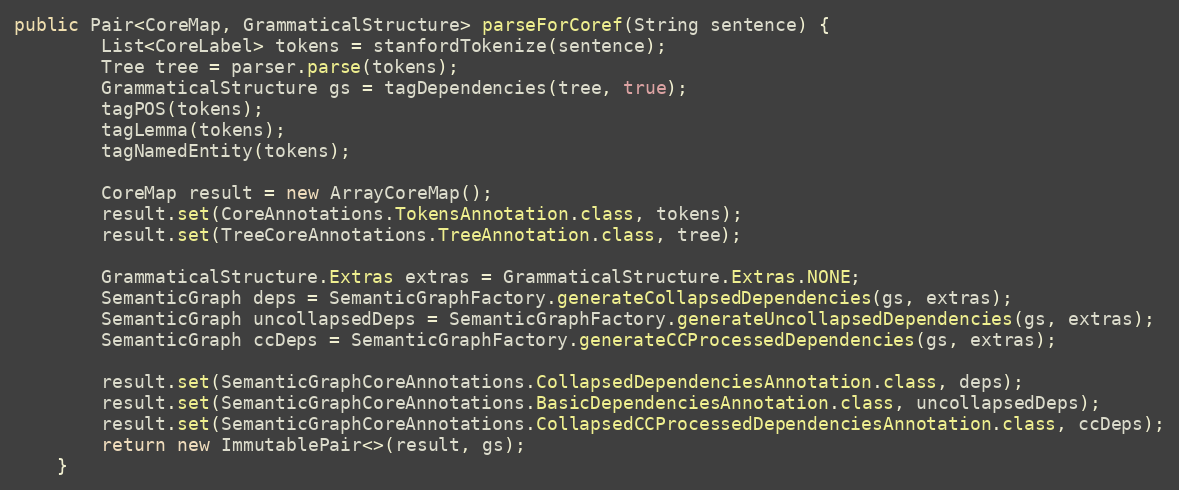
Language: Java
public Pair<CoreMap, GrammaticalStructure> parseForCoref(String sentence) {
        List<CoreLabel> tokens = stanfordTokenize(sentence);
        Tree tree = parser.parse(tokens);
        GrammaticalStructure gs = tagDependencies(tree, true);
        tagPOS(tokens);
        tagLemma(tokens);
        tagNamedEntity(tokens);

        CoreMap result = new ArrayCoreMap();
        result.set(CoreAnnotations.TokensAnnotation.class, tokens);
        result.set(TreeCoreAnnotations.TreeAnnotation.class, tree);

        GrammaticalStructure.Extras extras = GrammaticalStructure.Extras.NONE;
        SemanticGraph deps = SemanticGraphFactory.generateCollapsedDependencies(gs, extras);
        SemanticGraph uncollapsedDeps = SemanticGraphFactory.generateUncollapsedDependencies(gs, extras);
        SemanticGraph ccDeps = SemanticGraphFactory.generateCCProcessedDependencies(gs, extras);

        result.set(SemanticGraphCoreAnnotations.CollapsedDependenciesAnnotation.class, deps);
        result.set(SemanticGraphCoreAnnotations.BasicDependenciesAnnotation.class, uncollapsedDeps);
        result.set(SemanticGraphCoreAnnotations.CollapsedCCProcessedDependenciesAnnotation.class, ccDeps);
        return new ImmutablePair<>(result, gs);
    }